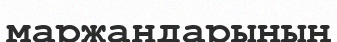
маржандарының